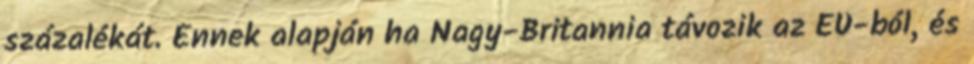
százalékát. Ennek alapján ha Nagy-Britannia távozik az EU-ból, és